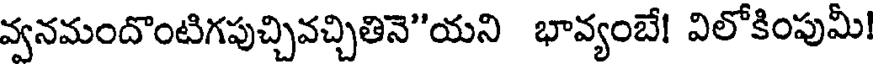
వ్వనమందొంటిగపుచ్చివచ్చితినె"యని భావ్యంబే! విలోకింపుమీ!